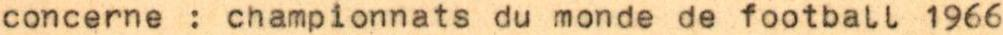
concerne : championnats du monde de football 1966